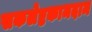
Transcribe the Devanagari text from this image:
सकलेष्टकामदाम